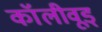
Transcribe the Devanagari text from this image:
कॉलीवूड्